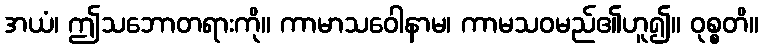
အယံ၊ ဤသဘောတရားကို။ ကာမာသဝေါနာမ၊ ကာမသဝမည်၏ဟူ၍။ ဝုစ္စတိ။